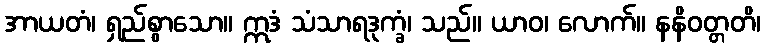
အာယတံ၊ ရှည်စွာသော။ ဣဒံ သံသာရဒုက္ခံ၊ သည်။ ယာဝ၊ လောက်။ နနိဝတ္တတိ၊